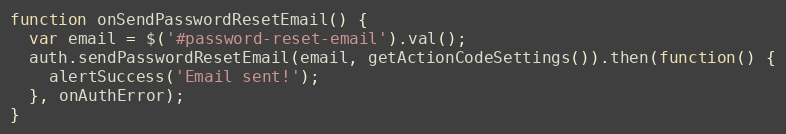
Language: JavaScript
function onSendPasswordResetEmail() {
  var email = $('#password-reset-email').val();
  auth.sendPasswordResetEmail(email, getActionCodeSettings()).then(function() {
    alertSuccess('Email sent!');
  }, onAuthError);
}